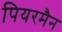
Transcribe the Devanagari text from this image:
पियरमैन